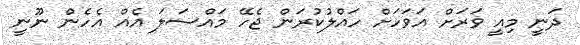
ދަނީ މިއީ ވަރަށް އަވަހަށް ހައްލުކުރަން ޖެހޭ މައްސަލަ އެއް އެހެން ނޫނީ